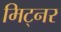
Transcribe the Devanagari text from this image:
मिट्नर